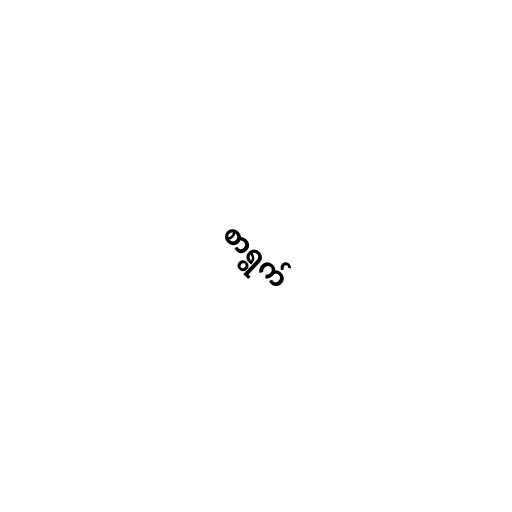
စာရွက်